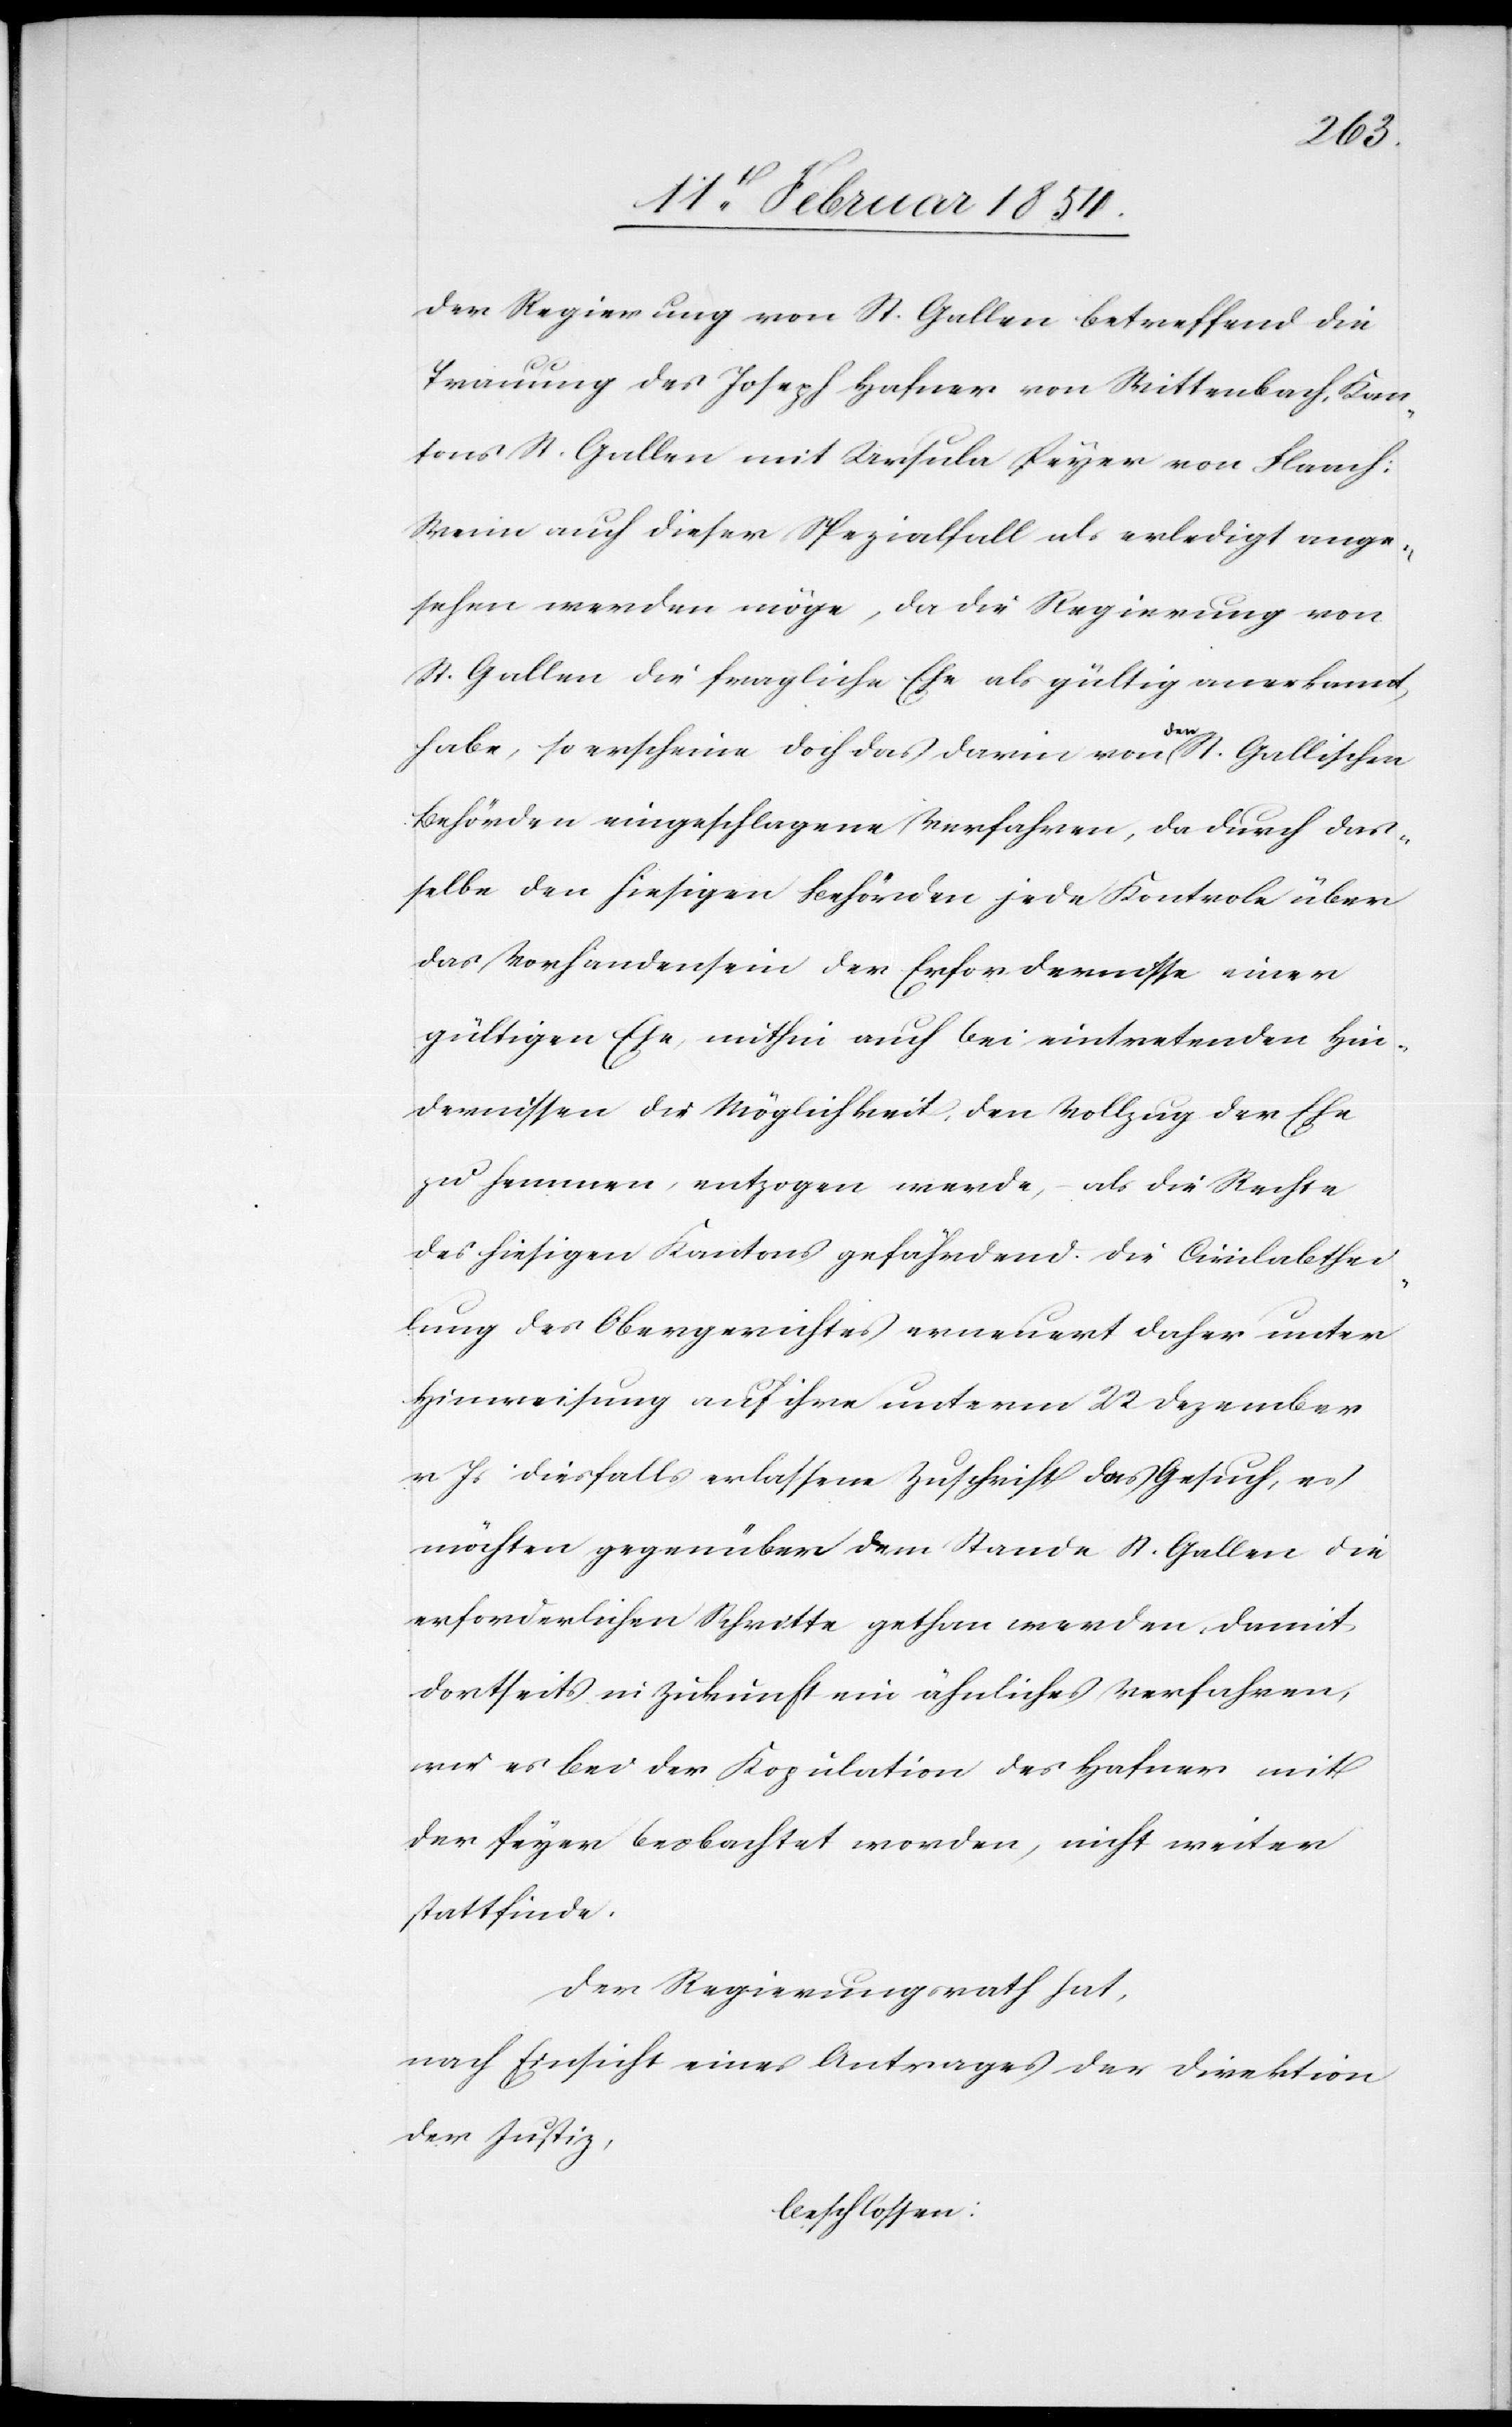
der Regierung von St. Gallen betreffend die
Trauung des Joseph Hafner von Wittenbach, Kan¬
tons St. Gallen mit Ursula Peyer von Flaach:
Wenn auch dieser Spezialfall als erledigt ange¬
sehen werden möge, da die Regierung von
St. Gallen die fragliche Ehe als gültig anerkannt
habe, so erscheine doch das darin von a-den-a St. Gallischen
Behörden eingeschlagene Verfahren, da durch das¬
selbe den hiesigen Behörden jede Kontrole über
das Vorhandensein der Erfordernisse einer
gültigen Ehe mithin auch bei eintretenden Hin¬
dernissen die Möglichkeit, den Vollzug der Ehe
zu hemmen, entzogen werde, – als die Rechte
des hiesigen Kantons gefährdend. Die Civilabthei¬
lung des Obergerichtes erneuert daher unter
Hinweisung auf ihre unterm 22 Dezember
v Js diesfalls erlassene Zuschrift das Gesuch, es
möchten gegenüber dem Stande St. Gallen die
erforderlichen Schritte gethan werden, damit
dortseits in Zukunft ein ähnliches Verfahren,
wie es bei der Kopulation des Hafner mit
der Peyer beobachtet worden, nicht weiter
stattfinde.
Der Regierungsrath hat,
nach Einsicht eines Antrages der Direktion
der Justiz,
beschlossen: